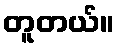
တူတယ်။